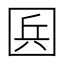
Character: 𡇥